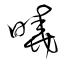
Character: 曉